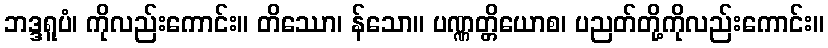
ဘဒ္ဒရူပံ၊ ကိုလည်းကောင်း။ တိဿော၊ န်သော။ ပဏ္ဏတ္တိယောစ၊ ပညတ်တို့ကိုလည်းကောင်း။